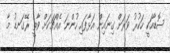
ސޮޑާއަކީ ހަކުރު ވަރަށް ގިނައިން އަޅާފައި ހުންނަ އެއްޗަކަށް ވާތީ ރޭގަނޑު މާ